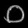
Digit: ၀